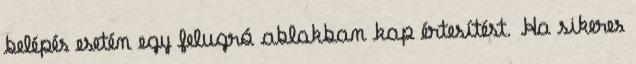
belépés esetén egy felugró ablakban kap értesítést. Ha sikeres